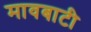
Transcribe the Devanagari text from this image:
मावबाटी